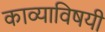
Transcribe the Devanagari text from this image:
काव्याविषयी